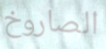
الصاروخ